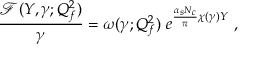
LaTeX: \frac { { \mathcal F } ( Y , \gamma ; Q _ { f } ^ { 2 } ) } { \gamma } = \omega ( \gamma ; Q _ { f } ^ { 2 } ) \ e ^ { \frac { \alpha _ { s } N _ { c } } { \pi } \chi ( \gamma ) Y } \ ,